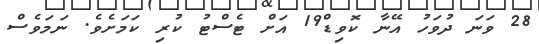
28 ވަނަ ދުވަހު އޭނާ ކޮވިޑް19 އަށް ޓެސްޓު ކުރި ކަމަށެވެ. ނަމަވެސް